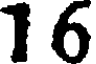
16